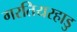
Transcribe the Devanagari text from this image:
गरतियरहाडु